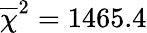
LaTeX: \overline{\chi}^{2}=1465.4